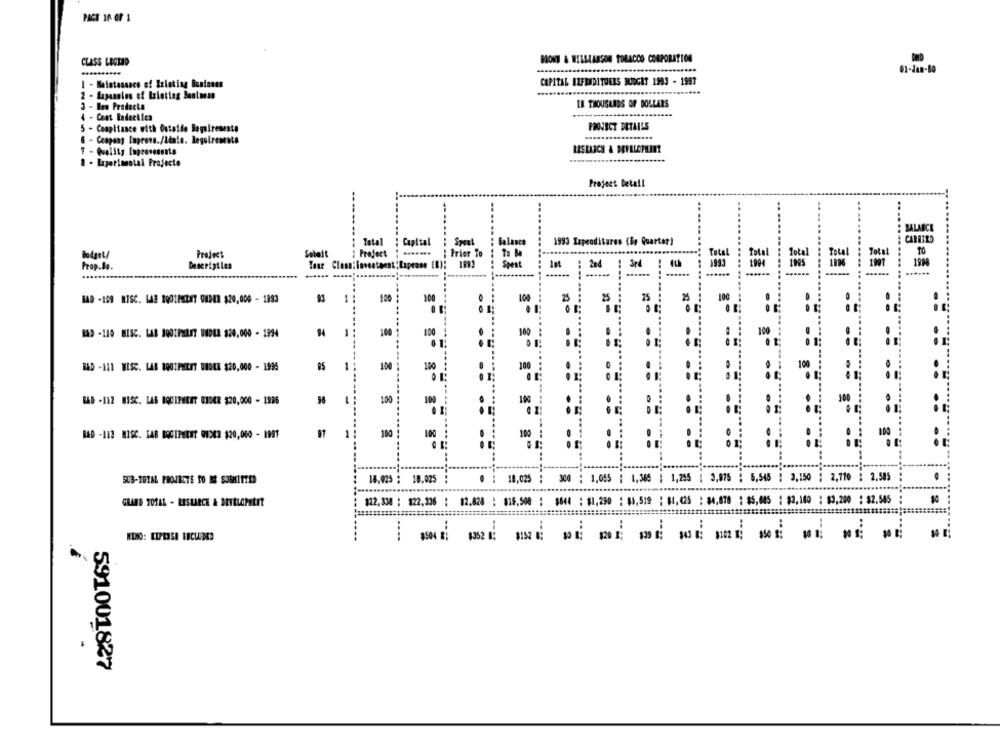
PACE 10 OF 1
BRONT & WIESEANSON TOBACCO CORPORATION
CLASS LECTED
61-Jan-80
I - Maintenance of Existing Business
CAPITAL ILFRIDITUNES BUDGET 1993 - 1997
3 - Ins Products
IN THOUSANDS OF DOLLARS
-----
4 - Cont Radeetles
PROJECT DETAILS
5 - Compliance with Outside Requireseste
....
- Conpany Laprona./Liale. Requirements
RESEARCH & DEVELOPMENT
- Quality Improvemente
8 - Experimental Projecto
Project Detail
BALANCE
Balance
1993 Expenditures (Bo Quarter)
Total
: Capital
Spent
......
Project
Project
.......
: Prior To
Total
To Be
Spett
2nd
1995
Prop.Be.
Deserigtlen
HAD -109 MISC. LAB BOOIPERAT OUDER $20,000 - 1893
1:
100
100
100
25
... ....
25
....
25
25
RAD - LIO BISC. LAB JOOIPHEST UNDER $20,000 - 1994
94
1
100
100
,00 :
HAD -I11 MISC. LAB BQUIFEET UNDER $20,000 - 1995
-
100
100
100
BAD - 112 WISC. LAS EQUIPHEET UNDER $20,000 - 1886
100
100
100
300
....
BAD -113 MISC. FAB BOCIPHENT OIDER $20,000 - 1991
1
100
100 :
100
18,025 : 10,025 :
. : 18,025 : 300 ; 1,055 | 1,385 | 1,255 | 3,875 ; 6,545 | 3,150 ; 2,710 : 2.585 :
GRAND TOTAL - RESLIRCE & MYLLOPELIT
122.330: $22,506 : 12.020 : $15.500 : $640 : $1,290 : $0,519 : 01,425 : $4,800 : $5,005 : $0,100 : $9,200 : $2.545 :
:
$152 0 10 09
591001827